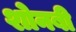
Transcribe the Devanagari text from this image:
शोनबी